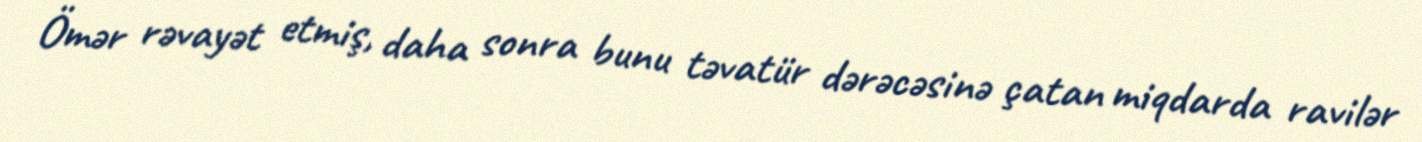
Ömər rəvayət etmiş, daha sonra bunu təvatür dərəcəsinə çatan miqdarda ravilər